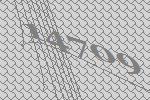
14709